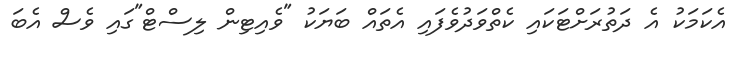
އެކަމަކު އެ ދަތުރަށްޓަކައި ކެތްވަދުވެފައި އެތައް ބަޔަކު "ވެއިޓިން ލިސްޓް"ގައި ވެސް އެބަ